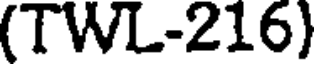
(TWL-216)